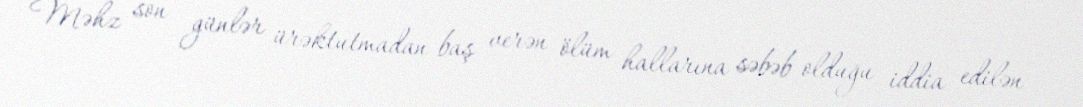
Məhz son günlər ürəktutmadan baş verən ölüm hallarına səbəb olduğu iddia edilən